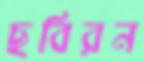
ছবিরন